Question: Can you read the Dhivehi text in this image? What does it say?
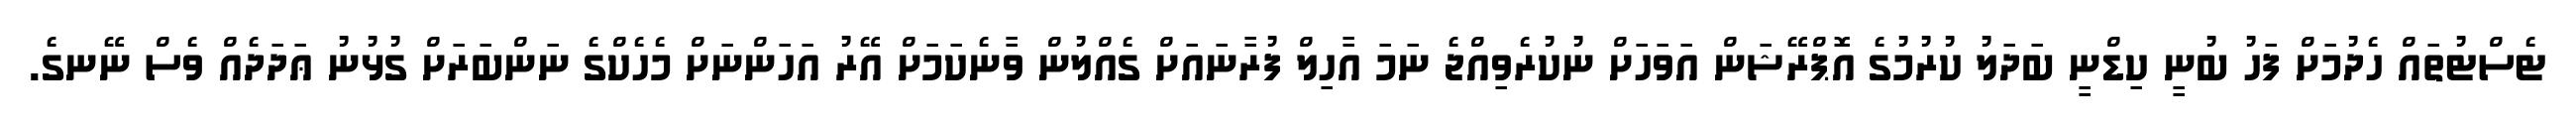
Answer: ޓެސްޓުތައް ހެދުމަށް ފަހު ބުނީ ކިޑްނީ ބަދަލު ކުރުމުގެ އޮޕްރޭޝަން އަވަހަށް ނުކުރެވިއްޖެ ނަމަ އާހިލް ފުރާނައަށް ގެއްލުން ވާނެކަމަށް އޭރު އަހަންނަށް މެހެކްގެ ނަންބަރަށް ގުޅުނު ޢަދަދެއް ވެސް ނޭނގެ.